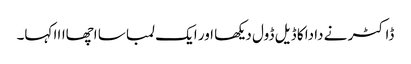
ڈاکٹر نے دادا کا ڈیل ڈول دیکھا اور ایک لمبا سا اچھاااا کہا۔